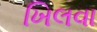
ખિલવા